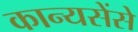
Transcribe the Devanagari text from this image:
कान्यसेंसे